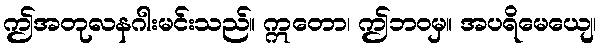
ဤအတုလနဂါးမင်းသည်။ ဣတော၊ ဤဘဝမှ။ အပရိမေယျေ၊